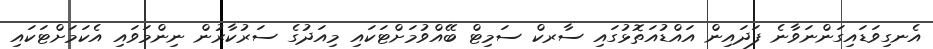
އެނގިވަޑައިގަންނަވާނެ ފަދައިން އައްޑުއަތޮޅުގައި ސާރކް ސަމިޓް ބޭއްވުމަށްޓަކައި މިއަދުގެ ސަރުކާރުން ނިންމަވައި އެކަމަށްޓަކައި